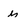
Character: m